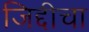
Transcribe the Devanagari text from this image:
जिद्दीचा